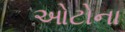
ઓટોના